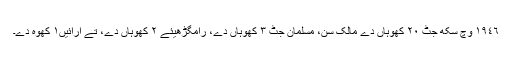
١٩٤٦ وچ سِکھ جٹ ٢٠ کھوہاں دے مالک سن، مُسلمان جٹ ٣ کھوہاں دے، رامگڑھیئے ٢ کھوہاں دے، تے ارائیں١ کُھوہ دے۔